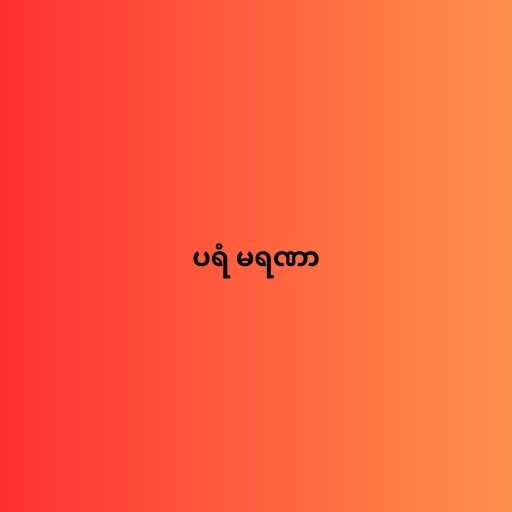
ပရံ မရဏာ